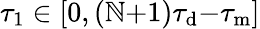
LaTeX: \tau_{1}\in[0,(\mathbb{N}{+}1)\tau_{\mathrm{{d}}}{-}\tau_{\mathrm{{m}}}]